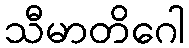
သီမာတိဂေါ